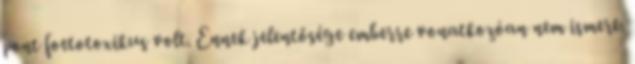
pont foetotoxikus volt. Ennek jelentősége emberre vonatkozóan nem ismert.